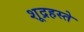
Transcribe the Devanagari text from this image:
शूद्रहस्ते